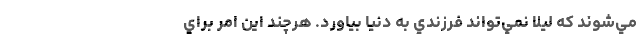
مي‌شوند که ليلا نمي‌تواند فرزندي به دنيا بياورد. هرچند اين امر براي